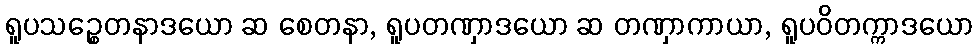
ရူပသဉ္စေတနာဒယော ဆ စေတနာ, ရူပတဏှာဒယော ဆ တဏှာကာယာ, ရူပဝိတက္ကာဒယော